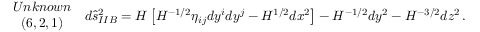
\begin{array} { c } { { U n k n o w n } } \\ { { ( 6 , 2 , 1 ) } } \end{array} \, \, \, d \hat { s } _ { I I B } ^ { 2 } = H \left[ H ^ { - 1 / 2 } \eta _ { i j } d y ^ { i } d y ^ { j } - H ^ { 1 / 2 } d x ^ { 2 } \right] - H ^ { - 1 / 2 } d y ^ { 2 } - H ^ { - 3 / 2 } d z ^ { 2 } \, .